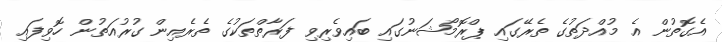
އެގޮތުން އެ މުއްދަތުގެ ތެރޭގައި ޕްރޮމޯޝަނުގައި ބައިވެރިވި ފަރާތްތަކުގެ ތެރެއިން ގުރުއަތުން ހޮވިފައި